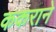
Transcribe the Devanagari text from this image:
ककराने